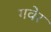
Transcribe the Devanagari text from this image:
गवेर